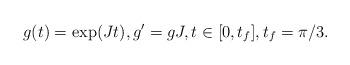
LaTeX: \begin{align*}g(t) = \exp(J t),g' = g J,t\in [0,t_f],t_f=\pi/3.\end{align*}